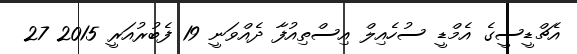
އެޗްޑީސީގެ އެމްޑީ ސުހެއިލް އިސްތިއުފާ ދެއްވަނީ 19 ފެބުރުއަރީ 2015 27